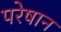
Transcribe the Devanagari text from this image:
परेषान